Report on inoculation in the plague infected areas of the Punjab and its dependencies from October 1900 to September 1901
Year: 1900
Disease focus: Plague
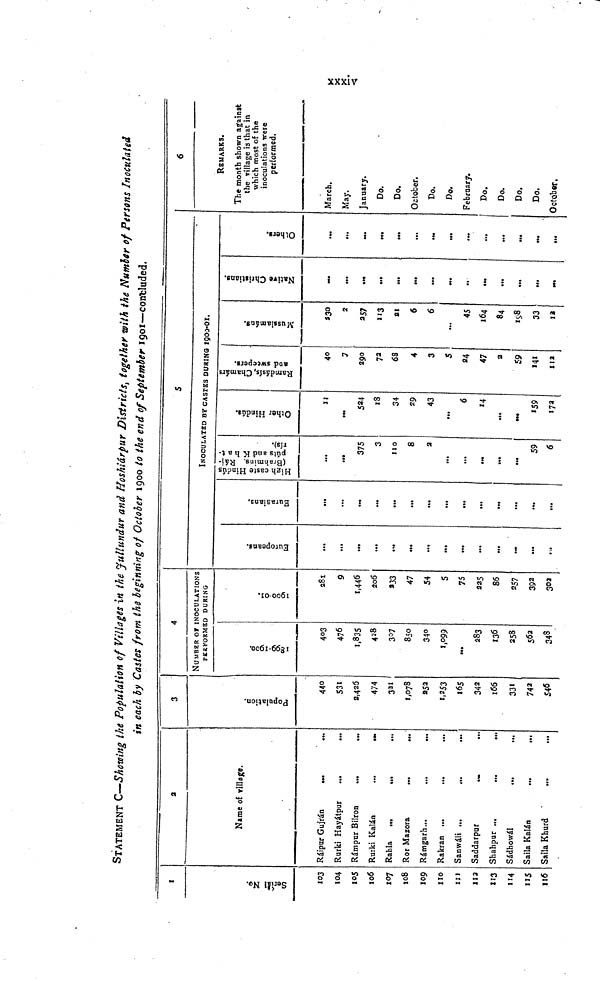
xxxiv
STATEMENT C—Showing the Population of Villages in the Jullundur and Hoshiárpur Districts, together with the Number of Persons Inoculated
in each by Castes from the beginning of October 1900 to the end of September 1901—concluded.
1
Serial No.
103
104
105
106
107
108
109
110
111
112
113
114
115
116
2
Name of village.
Ráipur Gujrán
...
...
Rurki Hayátpur
...
...
Rámper Bilron
...
...
Rurki Kalán
Rahla
...
...
Ror Mazora
...
...
Rámgarh...
...
...
Rakran
.
...
...
Sanwáli ...
...
...
Saddarpur
.
...
Shahpur ...
...
...
Sádhowál
Saila Kalán
Saila Khurd
3
Population.
440
531
2,425
474
321
1,078
252
1,253
165
342
166
331
742
546
4
NUMBER or INOCULATIONS
PERFORMED DURING
1899-1900.
403
476
1,835
428
307
850
34°1
,099
283
136
258
562
348
1900-01.
281
9
1,446
206
233
47
54
5
75
225
86
257
392
302
Europeans.
...
...
...
...
...
...
...
...
...
...
...
...
Eurasians.
...
...
...
...
...
...
...
...
...
...
...
5
INOCULATED BY CASTES DURING 1900-01.
High Cast Hindús
(Brahmins, Ráj-púts, and K h at-
rís).
...
...
375
3
110
8
2
...
...
...
...
59
6
Other Hindús.
11
...
524
18
34
29
43
...
6
14
...
159
172
Ramdásí Chamárs
and sweepers.
40
7
290
72
63
4
3
5
84
47
2
59
141
112
Mussalmáns.
2
257
113
21
6
6
...
45
164
84
198
33
12
Native Christians.
...
...
...
...
...
..
••*
...
...
...
Others.
...
...
...
...
...
...
...
...
...
6
REMARKS.
The month shown against
the village is that in
which most of the
inoculations were
performed.
March.
May.
January.
Do.
Do.
October.
Do.
Do.
February.
Do.
Do.
Do.
Do.
October,